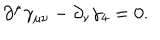
LaTeX: \partial ^ { \mu } \gamma _ { \mu \nu } - \partial _ { \nu } \gamma _ { 4 } = 0 .